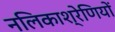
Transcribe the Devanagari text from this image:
नलिकाश्रेणियों